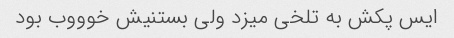
ایس پکش به تلخی میزد ولی بستنیش خوووب بود